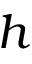
h